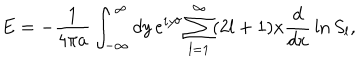
E = - { \frac { 1 } { 4 \pi a } } \int _ { - \infty } ^ { \infty } d y \, e ^ { i y \delta } \sum _ { l = 1 } ^ { \infty } ( 2 l + 1 ) x { \frac { d } { d x } } \ln S _ { l } ,